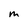
Character: m